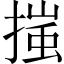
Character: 𢱟